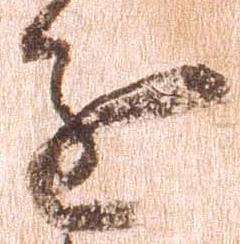
進